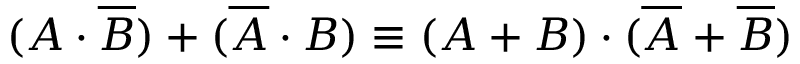
( A \cdot { \overline { { B } } } ) + ( { \overline { { A } } } \cdot B ) \equiv ( A + B ) \cdot ( { \overline { { A } } } + { \overline { { B } } } )